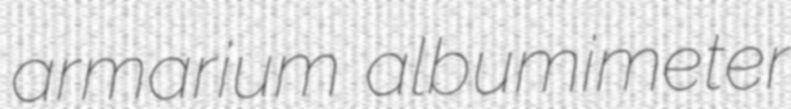
armarium albumimeter